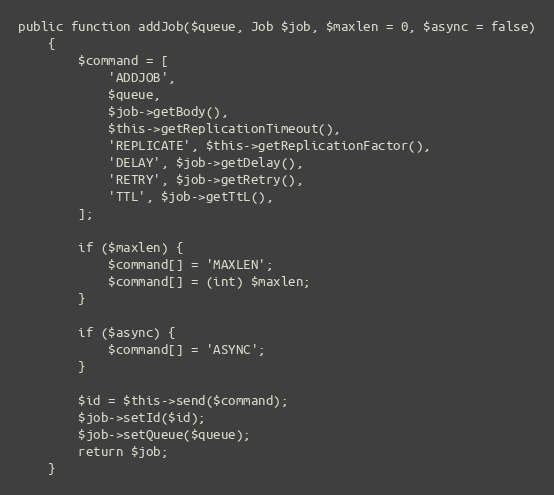
Language: PHP
public function addJob($queue, Job $job, $maxlen = 0, $async = false)
    {
        $command = [
            'ADDJOB',
            $queue,
            $job->getBody(),
            $this->getReplicationTimeout(),
            'REPLICATE', $this->getReplicationFactor(),
            'DELAY', $job->getDelay(),
            'RETRY', $job->getRetry(),
            'TTL', $job->getTtL(),
        ];

        if ($maxlen) {
            $command[] = 'MAXLEN';
            $command[] = (int) $maxlen;
        }

        if ($async) {
            $command[] = 'ASYNC';
        }

        $id = $this->send($command);
        $job->setId($id);
        $job->setQueue($queue);
        return $job;
    }